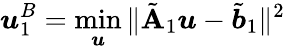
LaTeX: \boldsymbol{u}_{1}^{B}=\operatorname*{min}_{\boldsymbol{u}}\| \tilde{\mathbf{A}}_{1}\boldsymbol{u}-\tilde{\boldsymbol{b}}_{1}\| ^{2}